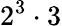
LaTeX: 2^{3}\cdot 3